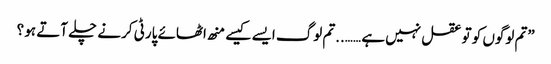
”تم لوگوں کو تو عقل نہیں ہے ……..تم لوگ ایسے کیسے منھ اٹھائے پارٹی کرنے چلے آتے ہو ؟